Reports on military cantonments and civil stations in the Presidency of Bombay inspected by the Sanitary Commissioner in the years 1875 and 1876
Year: 1875
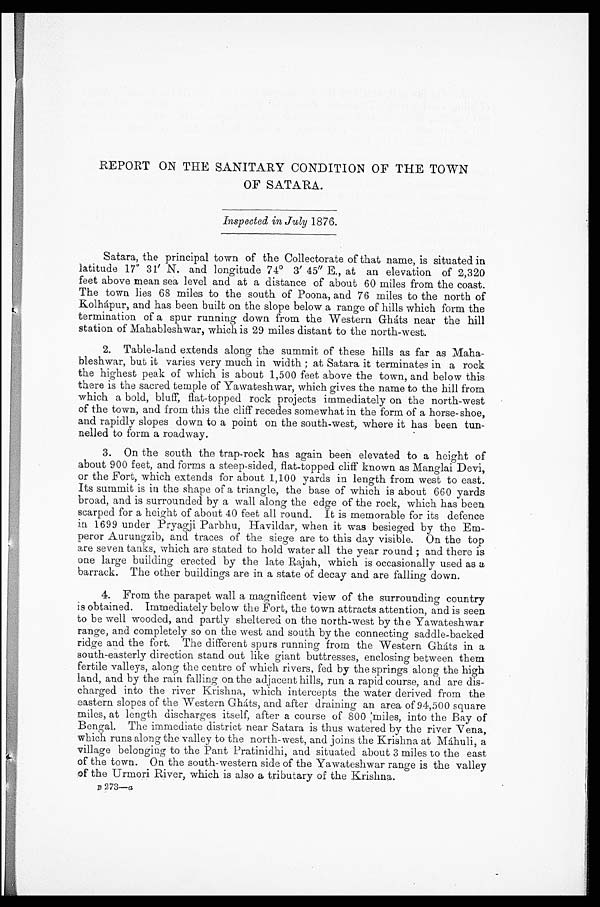
REPORT ON THE SANITARY CONDITION OF THE TOWN
OF SATARA.
Inspected in July 1876.
Satara, the principal town of the Collectorate of that name, is situated in
latitude 17° 31' N. and longitude 74° 3' 45" E., at an elevation of 2,320
feet above mean sea level and at a distance of about 60 miles from the coast.
The town lies 68 miles to the south of Poona, and 76 miles to the north of
Kolhápur, and has been built on the slope below a range of hills which form the
termination of a spur running down from the Western Gháts near the hill
station of Mahableshwar, which is 29 miles distant to the north-west.
2. Table-land extends along the summit of these hills as far as Maha
-bleshwar, but it varies very much in width; at Satara it terminates in a rock
the highest peak of which is about 1,500 feet above the town, and below this
there is the sacred temple of Yawateshwar, which gives the name to the hill from
which a bold, bluff, flat-topped rock projects immediately on the north-west
of the town, and from this the cliff recedes somewhat in the form of a horse-shoe,
and rapidly slopes down to a point on the south-west, where it has been tun
-nelled to form a roadway.
3. On the south the trap-rock has again been elevated to a height of
about 900 feet, and forms a steep-sided, flat-topped cliff known as Manglai Devi,
or the Fort, which extends for about 1,100 yards in length from west to east.
Its summit is in the shape of a triangle, the base of which is about 660 yards
broad, and is surrounded by a wall along the edge of the rock, which has been
scarped for a height of about 40 feet all round. It is memorable for its defence
in 1699 under Pryagji Parbhu, Havildar, when it was besieged by the Em
-peror Aurungzib, and traces of the siege are to this day visible. On the top
are seven tanks, which are stated to hold water all the year round; and there is
one large building erected by the late Rajah, which is occasionally used as a
barrack. The other buildings are in a state of decay and are falling down.
4. From the parapet wall a magnificent view of the surrounding country
is obtained. Immediately below the Fort, the town attracts attention, and is seen
to be well wooded, and partly sheltered on the north-west by the Yawateshwar
range, and completely so on the west and south by the connecting saddle-backed
ridge and the fort. The different spurs running from the Western Gháts in a
south-easterly direction stand out like giant buttresses, enclosing between them
fertile valleys, along the centre of which rivers, fed by the springs along the high
land, and by the rain falling on the adjacent hills, run a rapid course, and are dis
-charged into the river Krishna, which intercepts the water derived from the
eastern slopes of the Western Gháts, and after draining an area of 94,500 square
miles, at length discharges itself, after a course of 800 miles, into the Bay of
Bengal. The immediate district near Satara is thus watered by the river Vena,
which runs along the valley to the north-west, and joins the Krishna at Máhuli, a
village belonging to the Pant Pratinidhi, and situated about 3 miles to the east
of the town. On the south-western side of the Yawateshwar range is the valley
of the Urmori River, which is also a tributary of the Krishna.
B 273—a